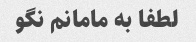
لطفا به مامانم نگو